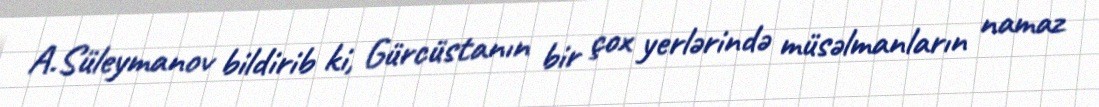
A.Süleymanov bildirib ki, Gürcüstanın bir çox yerlərində müsəlmanların namaz